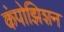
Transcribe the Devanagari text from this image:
कंपोझिशन